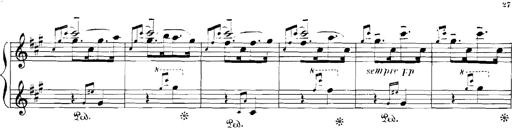
Title: Rhapsodies hongroises
Composer: Franz Liszt